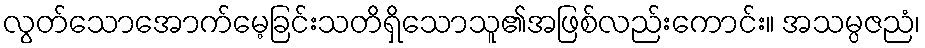
လွတ်သောအောက်မေ့ခြင်းသတိရှိသောသူ၏အဖြစ်လည်းကောင်း။ အသမ္ပဇညံ၊